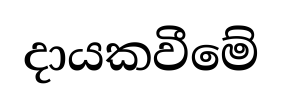
දායකවීමේ